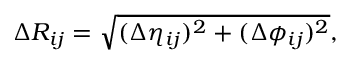
\Delta R _ { i j } = \sqrt { ( \Delta \eta _ { i j } ) ^ { 2 } + ( \Delta \phi _ { i j } ) ^ { 2 } } ,